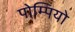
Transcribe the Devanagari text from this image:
पोम्पियो